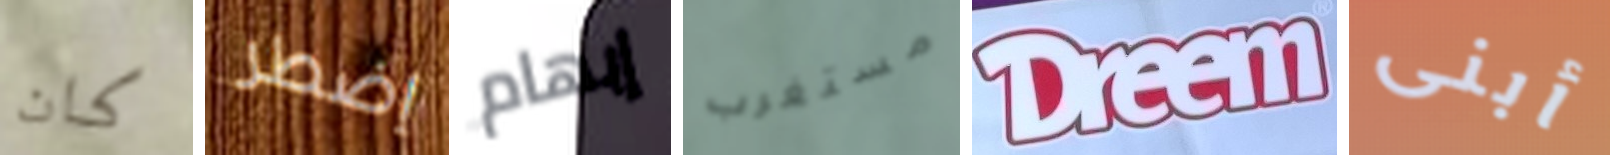
كان إضطر إبهام مستغرب Dreem أبنى